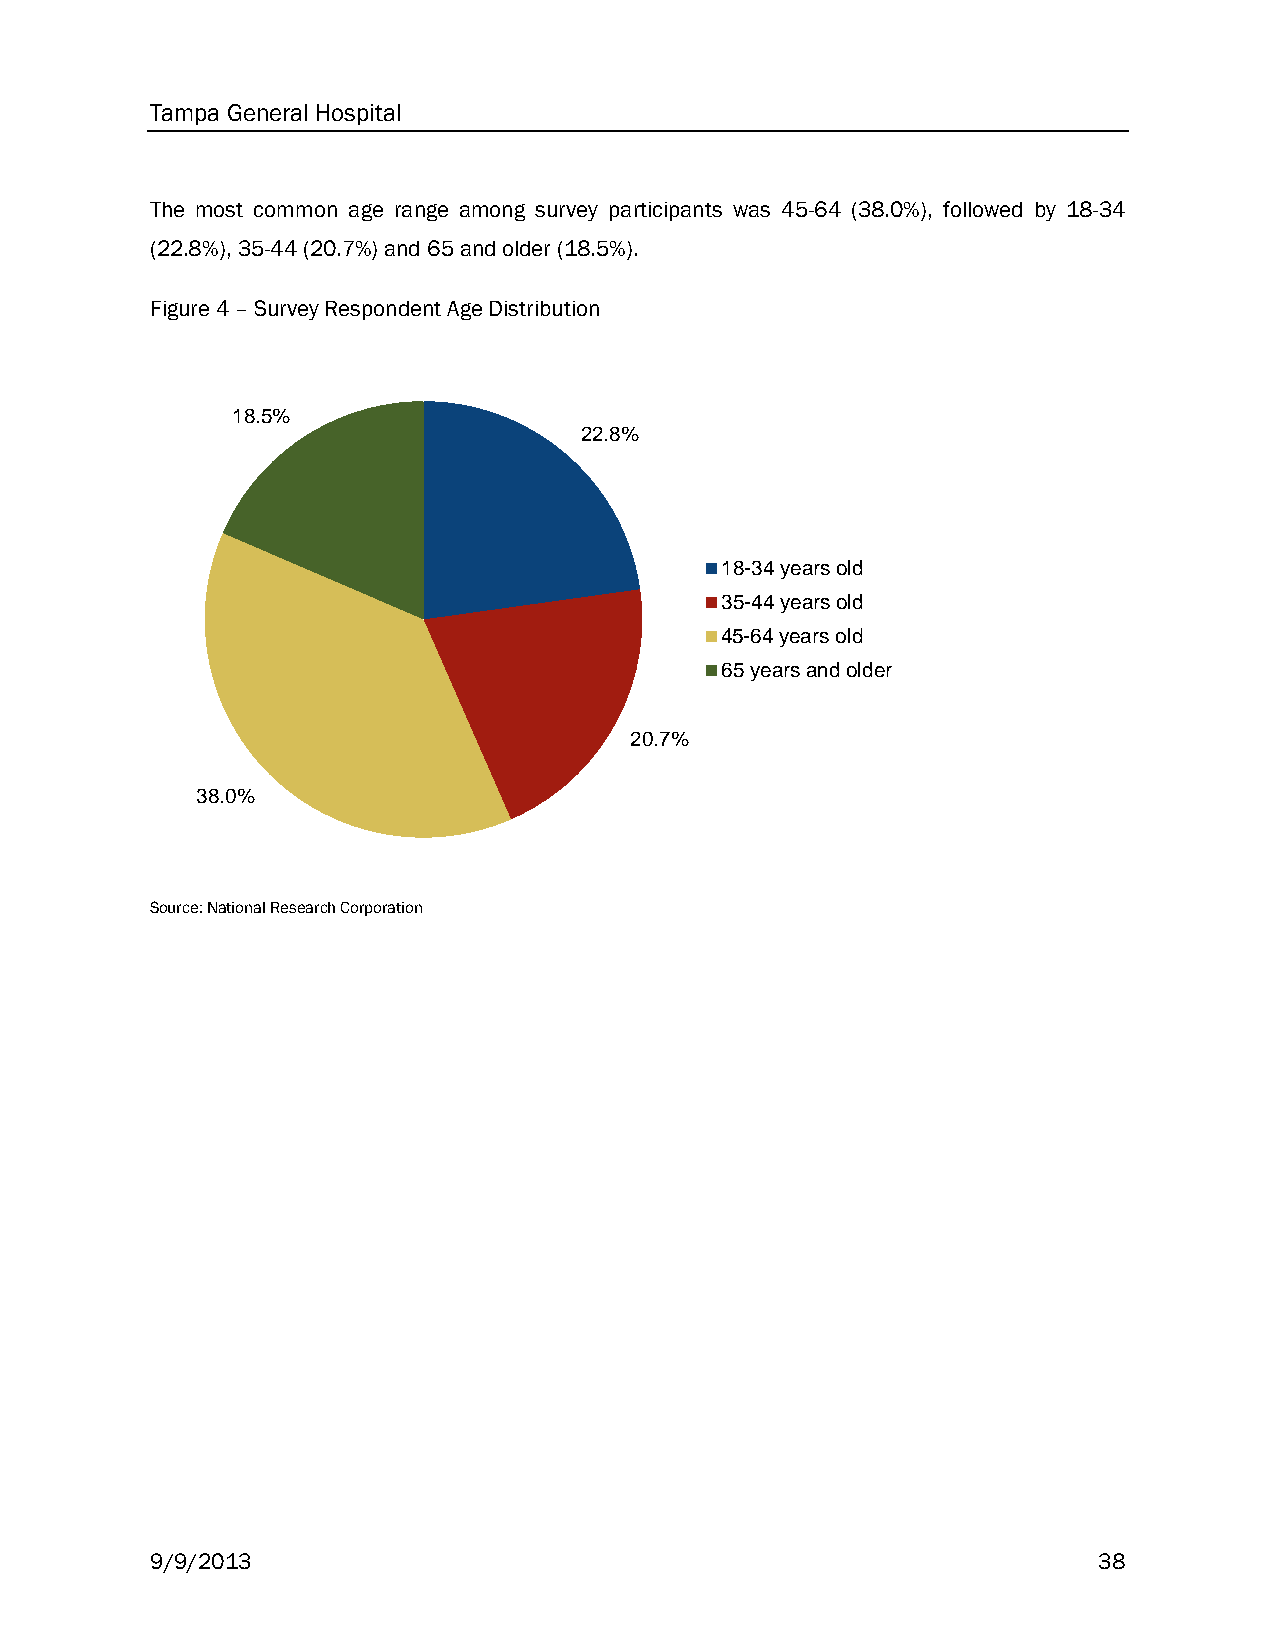
Tampa General Hospital
 The most common age range among survey participants was 45-64 (38.0%), followed by 18-34
 (22.8%), 35-44 (20.7%) and 65 and older (18.5%).
 Figure 4 – Survey Respondent Age Distribution
 18.5%
 22.8%
 18-34 years old
 35-44 years old
 45-64 years old
 65 years and older
 20.7%
 38.0%
 Source: National Research Corporation
 9/9/2013                                                       38